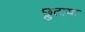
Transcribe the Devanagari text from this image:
छुटाया